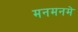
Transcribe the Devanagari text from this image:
मनमनमे